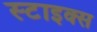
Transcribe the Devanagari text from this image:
स्टाइक्स